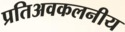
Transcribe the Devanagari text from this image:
प्रतिअवकलनीय